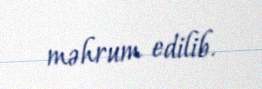
məhrum edilib.